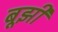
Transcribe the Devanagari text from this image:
बूझी